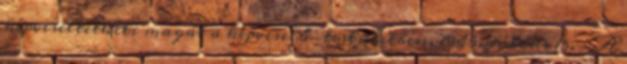
képviseltetheti magát a képviselő-testületben. 1945. július 15. – A